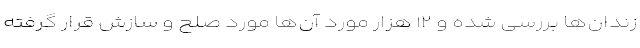
زندان‌ها بررسی شده و ۱۲ هزار مورد آن‌ها مورد صلح و سازش قرار گرفته